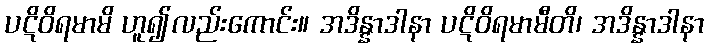
ပဋိဝိရမာမိ ဟူ၍လည်းကောင်း။ အဒိန္နာဒါနာ ပဋိဝိရမာမီတိ၊ အဒိန္နာဒါနာ